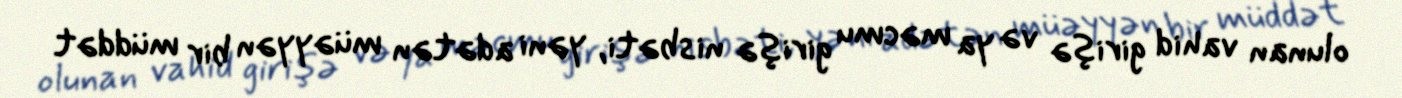
olunan vahid girişə və ya məcmu girişə nisbəti, yəni adətən müəyyən bir müddət